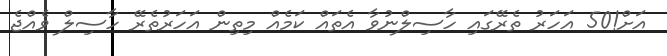
އަށް!50 އަހަރު ތެރޭގައި ހާސިލްނުވާ އެތައް ކަމެއް މިތިން އަހަރުތެރޭ ހާސިލް ވެއްޖެ